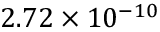
2 . 7 2 \times 1 0 ^ { - 1 0 }